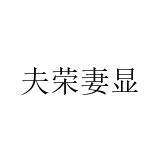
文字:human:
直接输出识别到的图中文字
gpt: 夫荣妻显